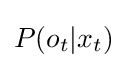
P(o_{t}|x_{t})